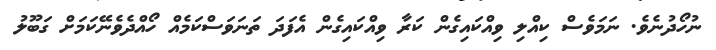
ނުހޯދުނެވެ. ނަމަވެސް ކިއްލި ވިއްކައިގެން ކަރާ ވިއްކައިގެން އެފަދަ ތަނަވަސްކަމެއް ހޯއްދެވެނޭކަމަށް ގަބޫލު